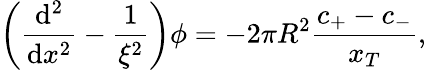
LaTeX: \left(\frac{\mathrm{d}^{2}}{\mathrm{d}x^{2}}-\frac{1}{\xi^{2}}\right)\phi=-2\pi R^{2}\frac{c_{+}-c_{-}}{x_{T}},